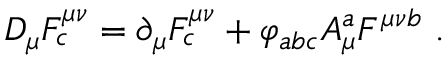
D _ { \mu } F _ { c } ^ { \mu \nu } = \partial _ { \mu } F _ { c } ^ { \mu \nu } + \varphi _ { a b c } A _ { \mu } ^ { a } F ^ { \mu \nu b } ~ .